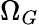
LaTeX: \Omega_{G}